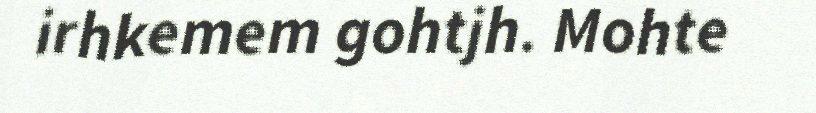
irhkemem gohtjh. Mohte